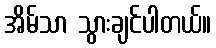
အိမ်သာ သွားချင်ပါတယ်။